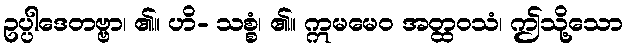
ဥပ္ပါဒေတဗ္ဗာ၊ ၏။ ဟိ- သစ္စံ၊ ၏။ ဣမမေဝ အတ္ထဝသံ၊ ဤသို့သော